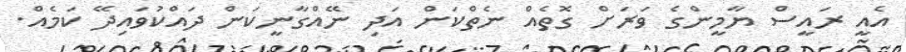
އެއީ ރައީސް ޔާމީންގެ ވަރަށް ގޮތެއް ނެތްކަން އަދި ނޭއްގާނީކަން ދައްކުވައިދޭ ކަމެއް.